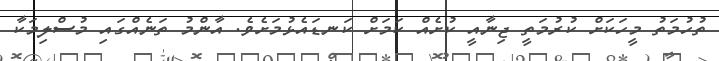
ތުހުމަތު މީހަކަށް ކުރުމަތީ ޖިނާއީ ކުށެއް ކަމަށް ކަނޑައެޅުމަށެވެ. އާންމު ތަނެއްގައި މުސްލިމަކާ